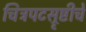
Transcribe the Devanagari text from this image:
चित्रपटस्रृष्टीचे